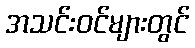
အသင်းဝင်များတွင်